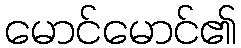
မောင်မောင်၏